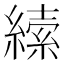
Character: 𦄨